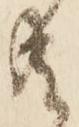
共